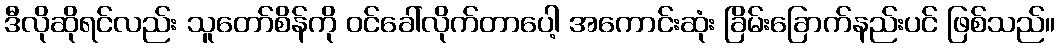
ဒီလိုဆိုရင်လည်း သူတော်စိန်ကို ဝင်ခေါ်လိုက်တာပေါ့ အကောင်းဆုံး ခြိမ်းခြောက်နည်းပင် ဖြစ်သည်။